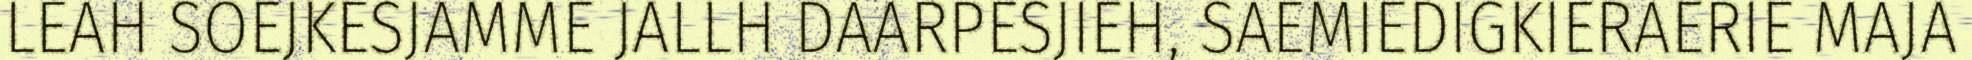
LEAH SOEJKESJAMME JALLH DAARPESJIEH, SAEMIEDIGKIERAERIE MAJA